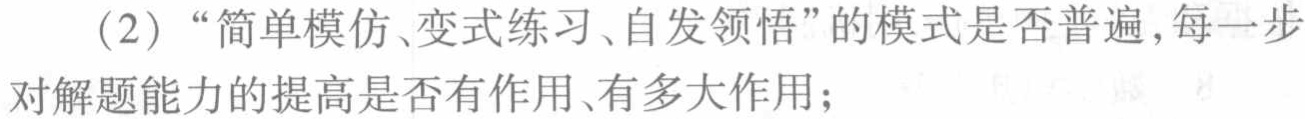
（2）“简单模仿、变式练习、自发领悟”的模式是否普遍，每一步对解题能力的提高是否有作用、有多大作用；